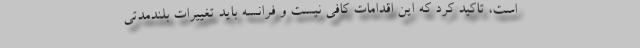
است، تاکید کرد که این اقدامات کافی نیست و فرانسه باید تغییرات بلندمدتی